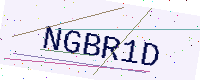
Text: NGBR1D